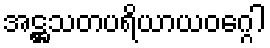
အဋ္ဌသတပရိယာယဝဂ္ဂေါ